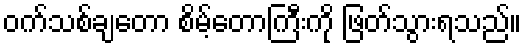
ဝက်သစ်ချတော စိမ့်တောကြီးကို ဖြတ်သွားရသည်။